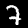
Label: 7